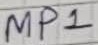
Text: MP1